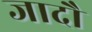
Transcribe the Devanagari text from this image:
जादौ